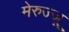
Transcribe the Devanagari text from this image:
मेरुज्जू